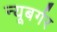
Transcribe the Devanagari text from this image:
न्यूबर्गर